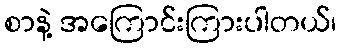
စာနဲ့ အကြောင်းကြားပါတယ်၊